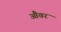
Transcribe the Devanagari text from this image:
औवर